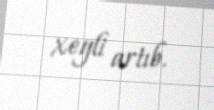
xeyli artıb.